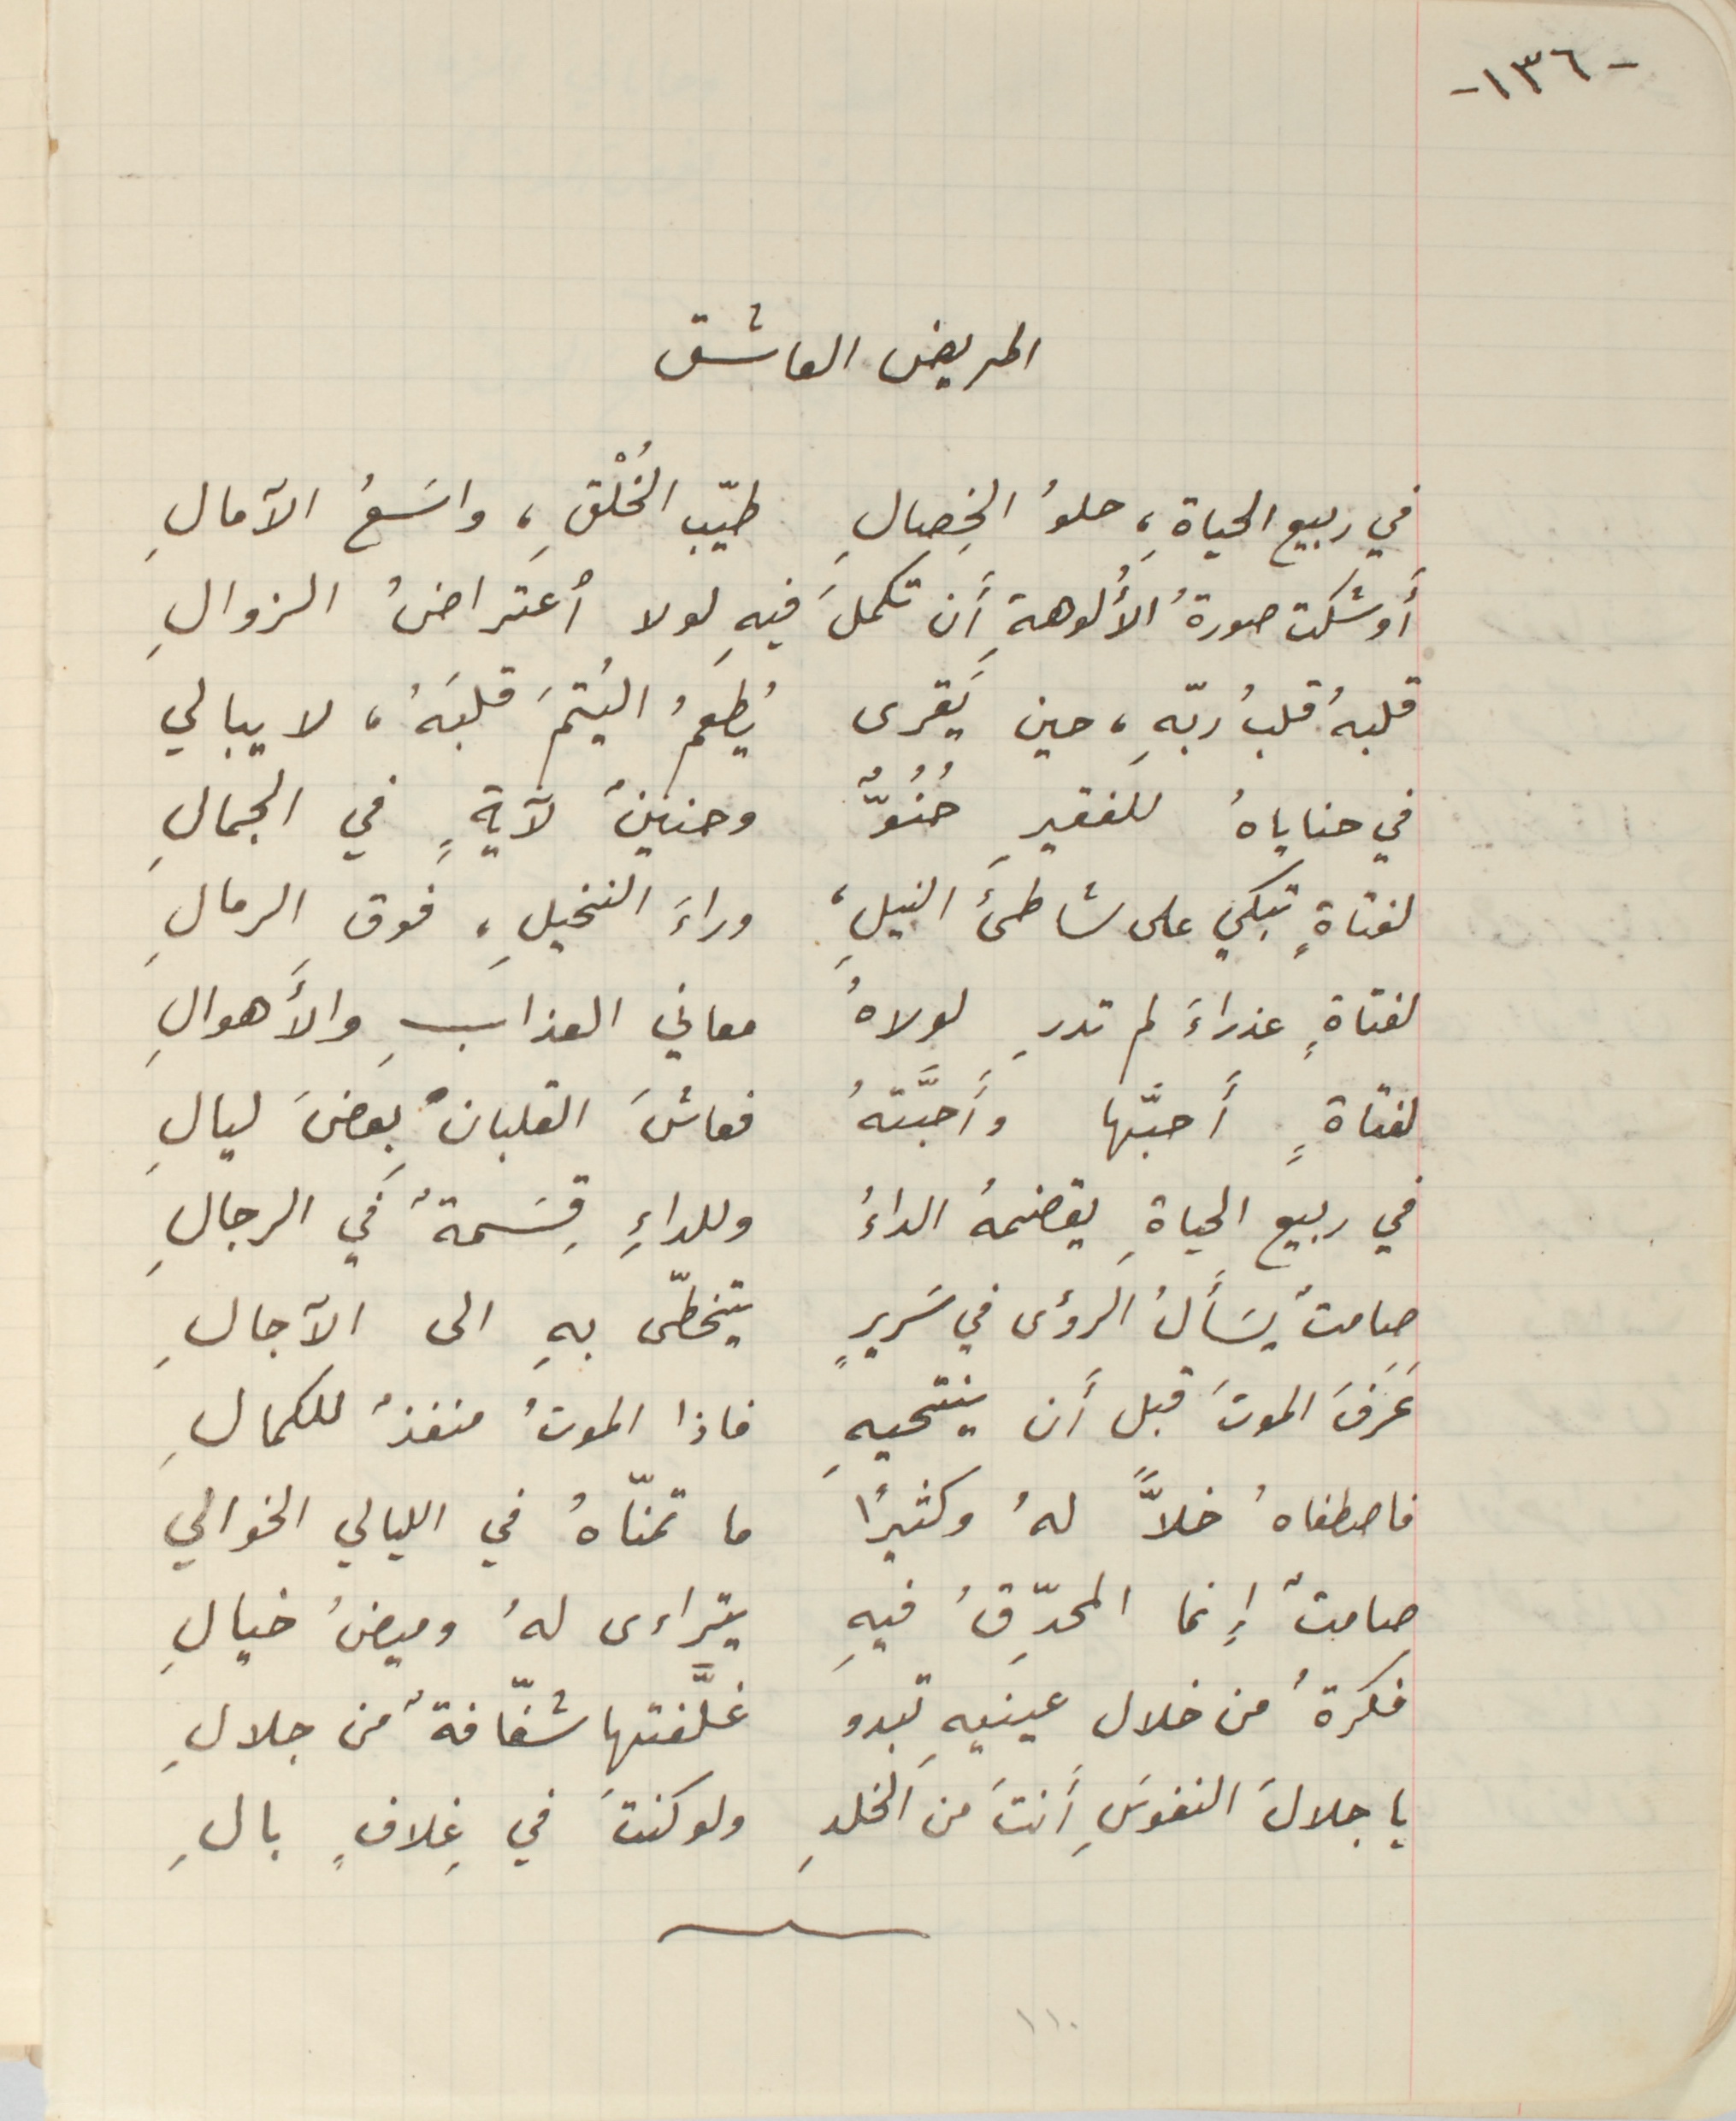
- ١٣٦-
المريض العاشق
 في ربيع الحياةِ، حلوُ الخصالِ طيّب الخُلْقِ، واسَعُ الآمالِ
أَوشكت صورةُ الأُلوهةِ أن تكملَ فيهِ لولا أعتراضُ الزوالِ
قلبهُ قلبُ ربّهِ، حين يَقرى يُطعمُ اليُتمَ قلبهُ، لا يبالي
في حناياهُ للفقير حُنُوٌّ وحنينٌ لآيةٍ في الجمالِ
لفتاةٍ تبكي على شاطىء النيلِ، وراء النخيلِ، فوق الرمالِ
لفتاةٍ عذراءَ لم تدرِ لولاهُ معاني العذابِ والأًهوالِِ
لفتاةٍ أَحبَّها وأحبَّتهُ فعاشَ القلبان بعضَ ليالِ
 في ربيع الحياةِ يقضمهُ الداءُ وللداءِ قِسمةٌ في الرجالِ
صامتٌ يسَأَلُ الرؤس في سريرِ يتخطّى بهِ الى الآجالِ
عَرَفَ الموتَ قبل أن ينتحيهِ فاذا الموتُ منفذٌ للكمالِِ
فاصطفاهُ خلاًّ لهُ وكثيرًا ما تمنّاهُ في الليالي الخوالي
 صامتٌ إنما المحدِّقُ فيه يتراءى لهُ وميضُ خيالِ
فكرةُ من خلال عينيهِ تبدو غلَّفتها شفّافةٌ من جلالِ
ياجلالَ النفوسِ أَنتَ من الخلدِ ولو كنت في غِلافٍ بالِ